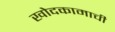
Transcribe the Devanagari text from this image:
खोदकामाची